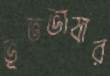
ভূতভাষার